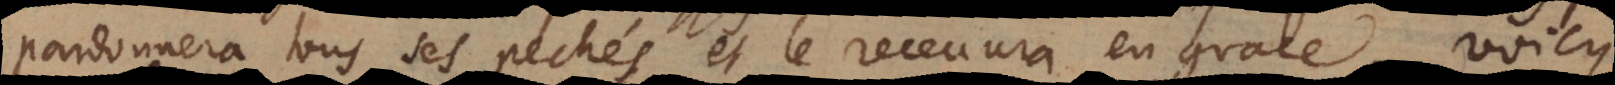
nnera tous ses pechés et le receuvra en grace. Voicy